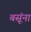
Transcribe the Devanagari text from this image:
बसूंना